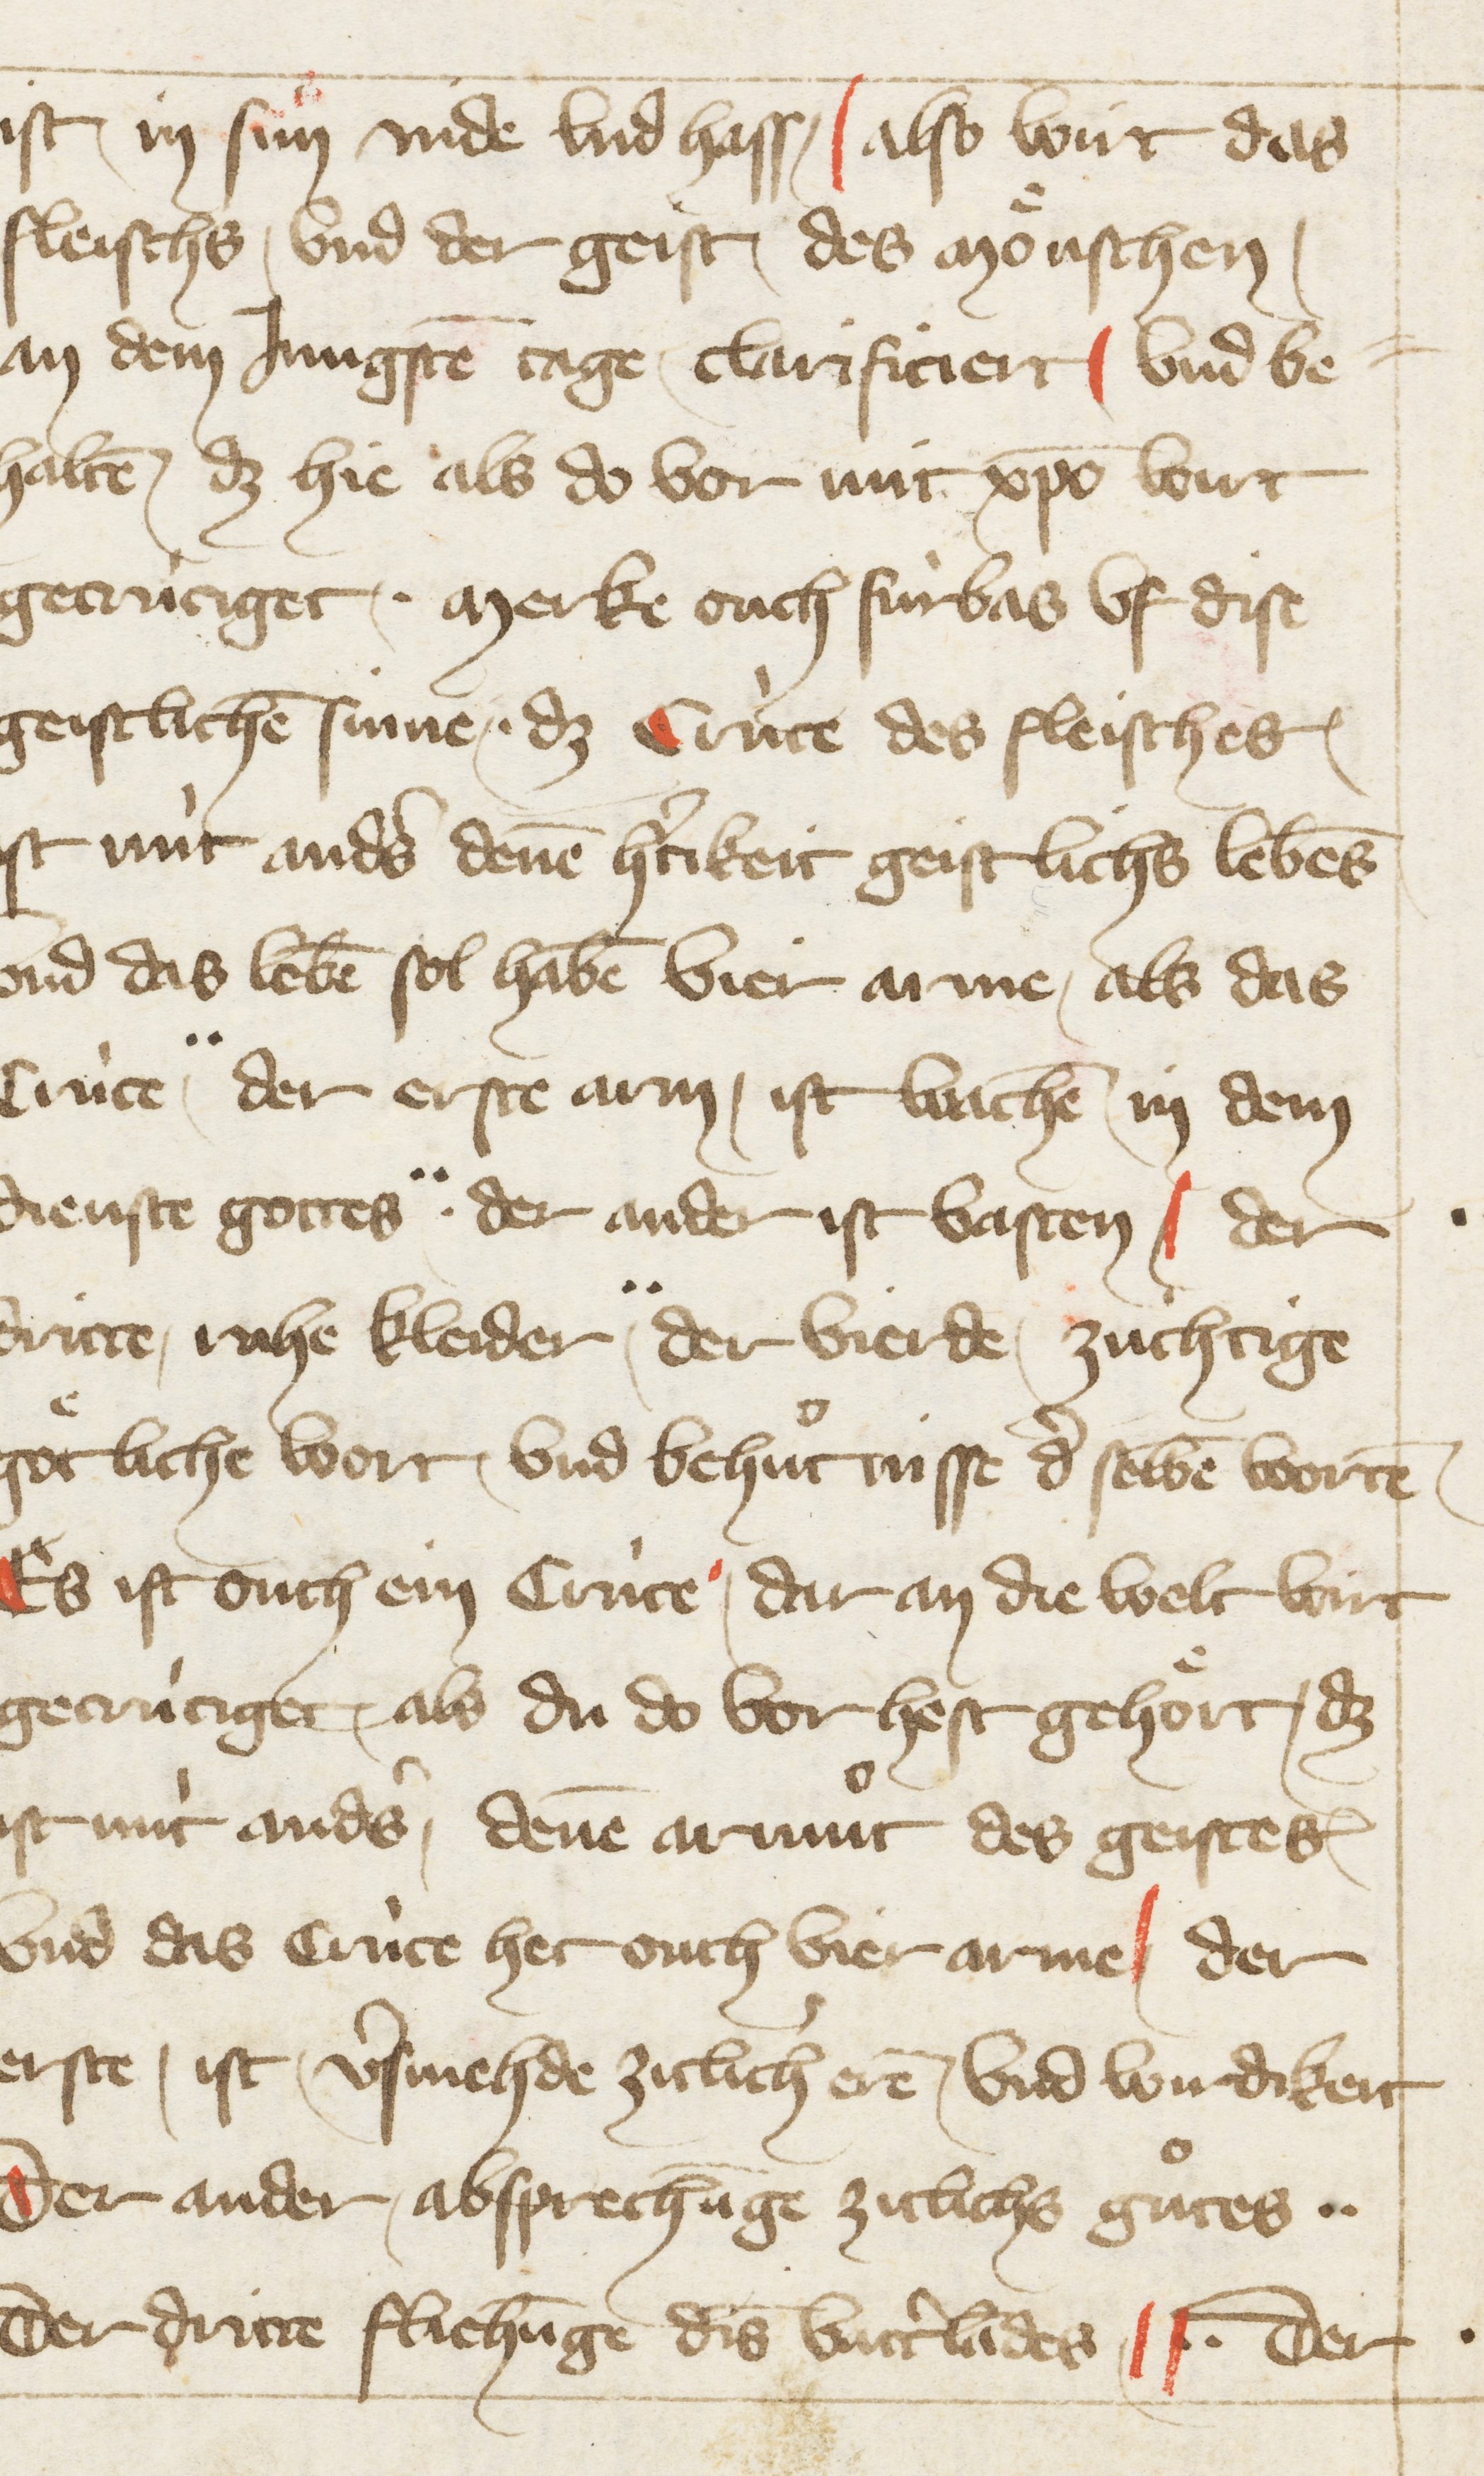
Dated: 1396–1403